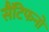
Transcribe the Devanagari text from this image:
सैंटिफनों